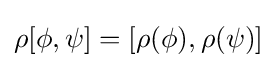
\rho [\phi ,\psi ]=[\rho (\phi ),\rho (\psi )]